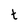
Character: t